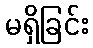
မရှိခြင်း